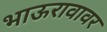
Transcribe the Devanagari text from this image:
भाऊरावावर